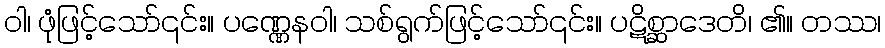
ဝါ၊ ဖုံဖြင့်သော်၎င်း။ ပဏ္ဏေနဝါ၊ သစ်ရွက်ဖြင့်သော်၎င်း။ ပဋိစ္ဆာဒေတိ၊ ၏။ တဿ၊